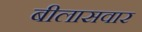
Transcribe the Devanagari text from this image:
बीलासवार